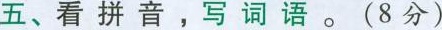
五、看拼音，写词语。(8分)